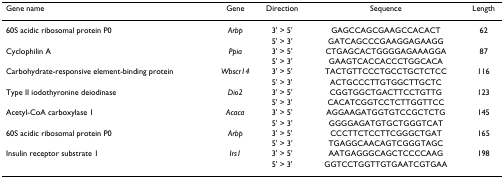
<table><thead><tr><td><b>Gene name</b></td><td><b>Gene</b></td><td><b>Direction</b></td><td><b>Sequence</b></td><td><b>Length</b></td></tr></thead><tbody><tr><td>60S acidic ribosomal protein P0</td><td><i>Arbp</i></td><td>3&#x27; &gt; 5&#x27;</td><td>GAGCCAGCGAAGCCACACT</td><td>62</td></tr><tr><td></td><td></td><td>5&#x27; &gt; 3&#x27;</td><td>GATCAGCCCGAAGGAGAAGG</td><td></td></tr><tr><td>Cyclophilin A</td><td><i>Ppia</i></td><td>3&#x27; &gt; 5&#x27;</td><td>CTGAGCACTGGGGAGAAAGGA</td><td>87</td></tr><tr><td></td><td></td><td>5&#x27; &gt; 3&#x27;</td><td>GAAGTCACCACCCTGGCACA</td><td></td></tr><tr><td>Carbohydrate-responsive element-binding protein</td><td><i>Wbscr14</i></td><td>3&#x27; &gt; 5&#x27;</td><td>TACTGTTCCCTGCCTGCTCTCC</td><td>116</td></tr><tr><td></td><td></td><td>5&#x27; &gt; 3&#x27;</td><td>ACTGCCCTTGTGGCTTGCTC</td><td></td></tr><tr><td>Type II iodothyronine deiodinase</td><td><i>Dio2</i></td><td>3&#x27; &gt; 5&#x27;</td><td>CGGTGGCTGACTTCCTGTTG</td><td>123</td></tr><tr><td></td><td></td><td>5&#x27; &gt; 3&#x27;</td><td>CACATCGGTCCTCTTGGTTCC</td><td></td></tr><tr><td>Acetyl-CoA carboxylase 1</td><td><i>Acaca</i></td><td>3&#x27; &gt; 5&#x27;</td><td>AGGAAGATGGTGTCCGCTCTG</td><td>145</td></tr><tr><td></td><td></td><td>5&#x27; &gt; 3&#x27;</td><td>GGGGAGATGTGCTGGGTCAT</td><td></td></tr><tr><td>60S acidic ribosomal protein P0</td><td><i>Arbp</i></td><td>3&#x27; &gt; 5&#x27;</td><td>CCCTTCTCCTTCGGGCTGAT</td><td>165</td></tr><tr><td></td><td></td><td>5&#x27; &gt; 3&#x27;</td><td>TGAGGCAACAGTCGGGTAGC</td><td></td></tr><tr><td>Insulin receptor substrate 1</td><td><i>Irs1</i></td><td>3&#x27; &gt; 5&#x27;</td><td>AATGAGGGCAGCTCCCCAAG</td><td>198</td></tr><tr><td></td><td></td><td>5&#x27; &gt; 3&#x27;</td><td>GGTCCTGGTTGTGAATCGTGAA</td><td></td></tr></tbody></table>